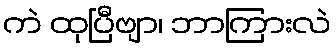
ကဲ ထုပြီဗျာ၊ ဘာကြားလဲ